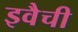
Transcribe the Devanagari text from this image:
इवैची